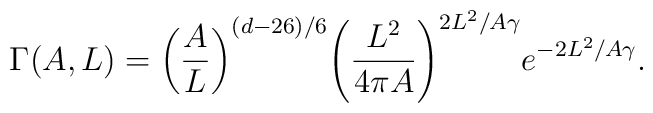
\Gamma(A,L)={{\left({A\over{L}}\right)}^{(d-26)/6}}{{\left({{L^2}\over{4\pi{A}}}\right)}^{2{L^2}/A\gamma}}{e^{-2{L^2}/A\gamma}}.